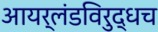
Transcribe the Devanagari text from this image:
आयर्लंडविरुद्धच